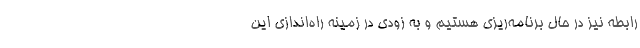
رابطه نیز در حال برنامه‌ریزی هستیم و به زودی در زمینه راه‌اندازی این